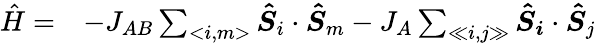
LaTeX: \begin{array}{rc}{\hat{H}=}&{-J_{AB}\sum_{<i,m>}\boldsymbol{\hat{S}}_{i}\cdot\boldsymbol{\hat{S}}_{m}-J_{A}\sum_{\ll i,j\gg}\boldsymbol{\hat{S}}_{\boldsymbol{i}}\cdot\boldsymbol{\hat{S}}_{j}}\end{array}